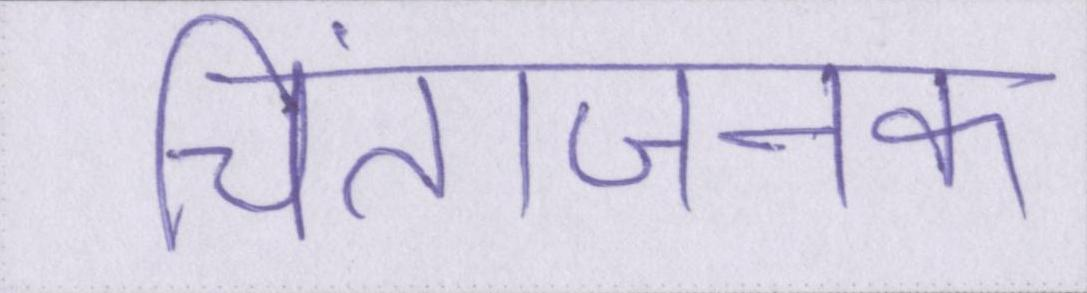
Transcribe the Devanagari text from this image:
चिंताजनक